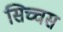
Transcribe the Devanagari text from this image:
सिच्चस